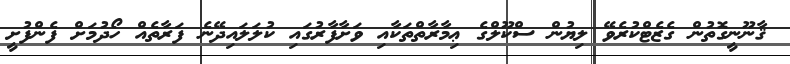
ޤާނޫނީގޮތުން ގެޒެޓްކުރެވޭ ލިޔުން ސްކޫލްގެ ޢިމާރާތްތަކާއި ވަށާފާރުގައި ކުލަލައިދޭނެ ފަރާތެއް ހޯދުމަށް ފެންފުށީ